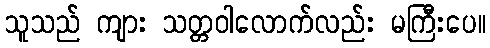
သူသည် ကျား သတ္တဝါလောက်လည်း မကြီးပေ။